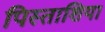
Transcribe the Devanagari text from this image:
पिस्ताशिया